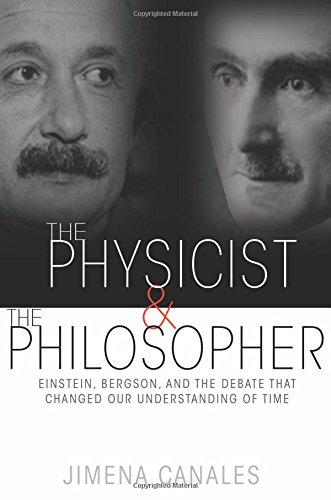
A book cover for The Physicist and the Philosopher: Einstein, Bergson, and the Debate That Changed Our Understanding of Time; Jimena Canales; Science & Math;